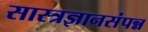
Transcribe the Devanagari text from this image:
सास्त्रज्ञानसंपन्न